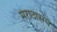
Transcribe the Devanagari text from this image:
मराठासंघ